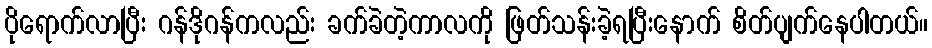
ပိုရောက်လာပြီး ဂန်ဒိုဂန်ကလည်း ခက်ခဲတဲ့ကာလကို ဖြတ်သန်းခဲ့ရပြီးနောက် စိတ်ပျက်နေပါတယ်။